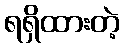
ရရှိထားတဲ့